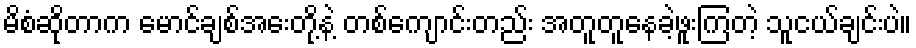
မိစံဆိုတာက မောင်ချစ်အေးတို့နဲ့ တစ်ကျောင်းတည်း အတူတူနေခဲ့ဖူးကြတဲ့ သူငယ်ချင်းပဲ။